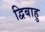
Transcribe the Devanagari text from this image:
द्विबाहु